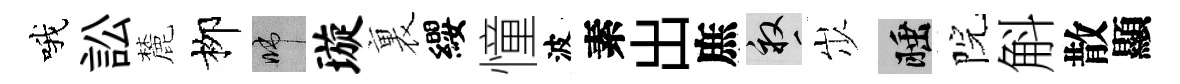
哦訟麓栁啼璇裏纓憧波素出庶畝𡵯睡院斛散顯